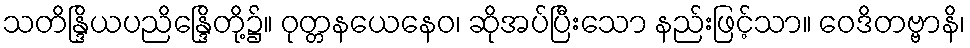
သတိန္ဒြိယပညိန္ဒြေိတို့၌။ ဝုတ္တနယေနေဝ၊ ဆိုအပ်ပြီးသော နည်းဖြင့်သာ။ ဝေဒိတဗ္ဗာနိ၊